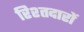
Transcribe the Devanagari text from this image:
रिश्तदारों